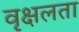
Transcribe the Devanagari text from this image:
वृक्षलता